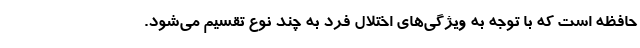
حافظه است که با توجه به ویژگی‌های اختلال فرد به چند نوع تقسیم می‌شود.